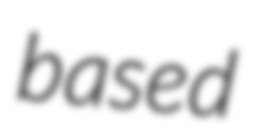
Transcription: based